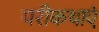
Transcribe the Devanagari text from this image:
परीकथाएं